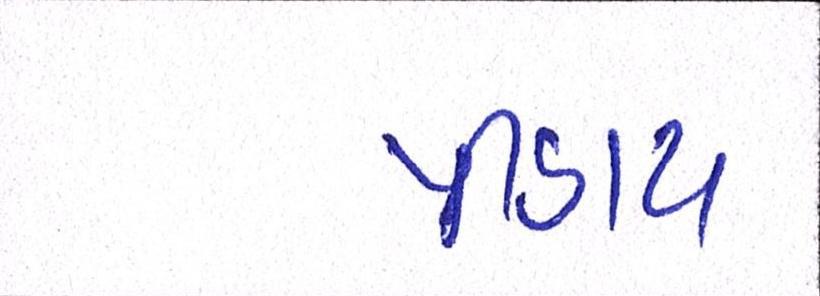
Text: પીડાય